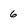
Character: 6